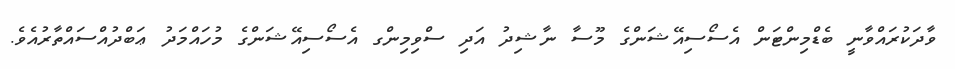
ވާދަކުރައްވާނީ ބެޑްމިންޓަން އެސޯސިއޭޝަންގެ މޫސާ ނާޝިދު އަދި ސްވިމިންގ އެސޯސިއޭޝަންގެ މުހައްމަދު ޢަބްދުއްސައްތާރުއެވެ.